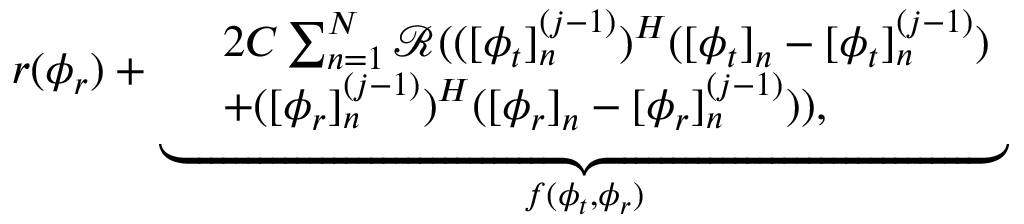
\begin{array} { r } { r ( \boldsymbol { \phi } _ { r } ) + \underbrace { \begin{array} { r l } & { 2 C \sum _ { n = 1 } ^ { N } \mathcal { R } ( ( [ \boldsymbol { \phi } _ { t } ] _ { n } ^ { ( j - 1 ) } ) ^ { H } ( [ \boldsymbol { \phi } _ { t } ] _ { n } - [ \boldsymbol { \phi } _ { t } ] _ { n } ^ { ( j - 1 ) } ) } \\ & { + ( [ \boldsymbol { \phi } _ { r } ] _ { n } ^ { ( j - 1 ) } ) ^ { H } ( [ \boldsymbol { \phi } _ { r } ] _ { n } - [ \boldsymbol { \phi } _ { r } ] _ { n } ^ { ( j - 1 ) } ) ) , } \end{array} } _ { f ( \boldsymbol { \phi } _ { t } , \boldsymbol { \phi } _ { r } ) } } \end{array}